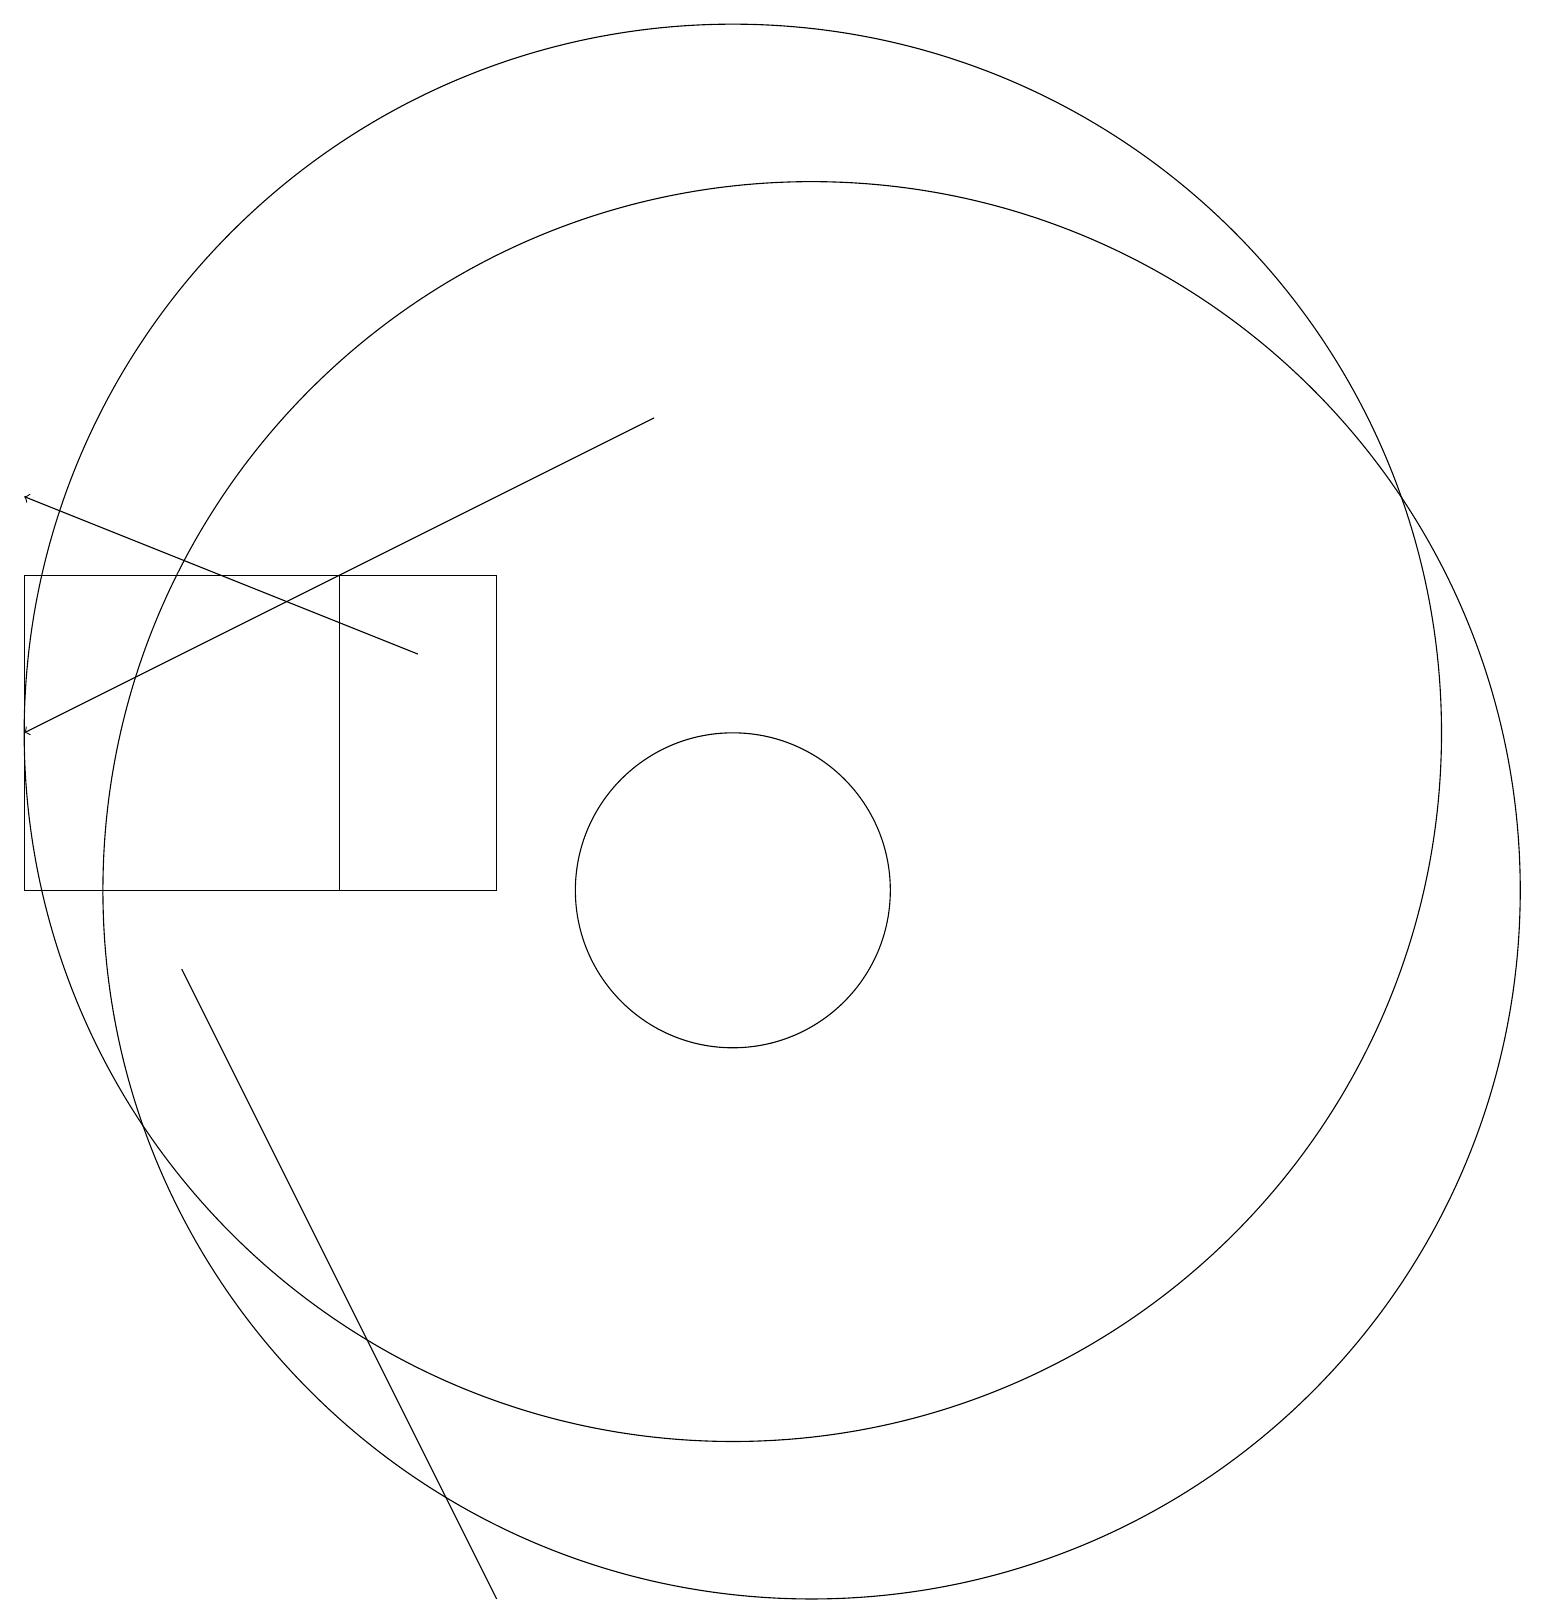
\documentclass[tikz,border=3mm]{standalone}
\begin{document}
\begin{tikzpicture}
\draw (10,12) circle (9);
\draw (10,10) circle (2);
\draw (7,10) rectangle (1,14);
\draw (11,10) circle (9);
\draw (1,14) rectangle (5,10);
\draw[->] (9,16) -- (1,12);
\draw (3,9) -- (6,3) -- (7,1) -- cycle;
\draw[->] (6,13) -- (1,15);
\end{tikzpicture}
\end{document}